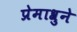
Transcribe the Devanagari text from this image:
प्रेमाश्रुने